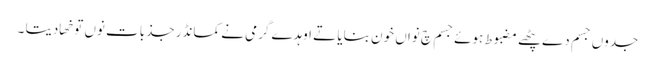
جدوں جسم دے پٹھے مضبوط ہوئے جسم چ نواں خون بنایا تے اوہدے گرمی نے کمانڈر جذبات نوں توخھا دیتا ۔